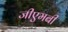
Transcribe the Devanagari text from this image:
जीएमबी